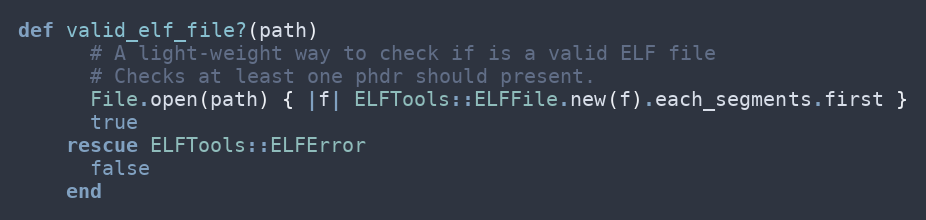
Language: Ruby
def valid_elf_file?(path)
      # A light-weight way to check if is a valid ELF file
      # Checks at least one phdr should present.
      File.open(path) { |f| ELFTools::ELFFile.new(f).each_segments.first }
      true
    rescue ELFTools::ELFError
      false
    end